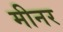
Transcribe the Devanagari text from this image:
मीनर